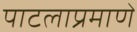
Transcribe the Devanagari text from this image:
पाटलाप्रमाणे